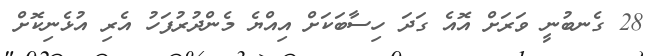
28 ގެނބުނީ ވަރަށް އޮއެ ގަދަ ހިސާބަކަށް އިއްޔެ މެންދުރުފަހު އެރި އުޅެނިކޮށް